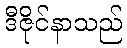
ဒီဇိုင်နာသည်